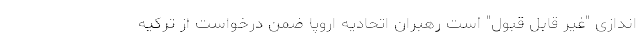
‌اندازی "غیر قابل قبول" است رهبران اتحادیه اروپا ضمن درخواست از ترکیه